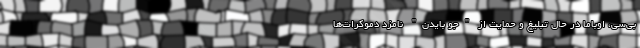
‌بی‌سی، اوباما در حال تبلیغ و حمایت از "جو بایدن" نامزد دموکرات‌ها